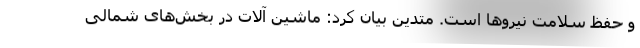
و حفظ سلامت نیروها است. متدین بیان کرد: ماشین آلات در بخش‌های شمالی